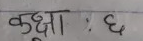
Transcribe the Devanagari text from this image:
कक्षा : ६